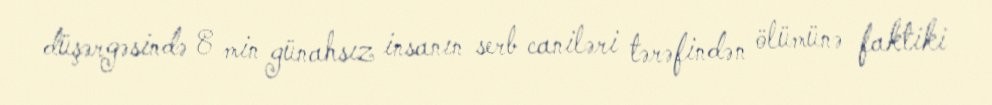
düşərgəsində 8 min günahsız insanın serb caniləri tərəfindən ölümünə faktiki